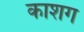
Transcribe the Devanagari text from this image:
काशग